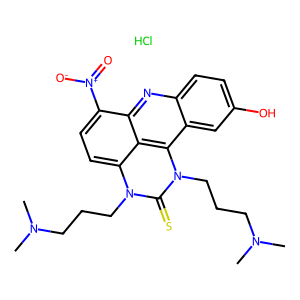
SMILES: CN(C)CCCn1c(=S)n(CCCN(C)C)c2c3cc(O)ccc3nc3c([N+](=O)[O-])ccc1c32.Cl
Inhibits HIV replication: No